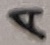
Text: A